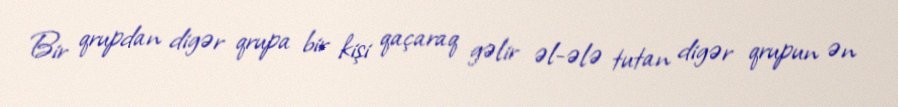
Bir qrupdan digər qrupa bir kişi qaçaraq gəlir əl-ələ tutan digər qrupun ən